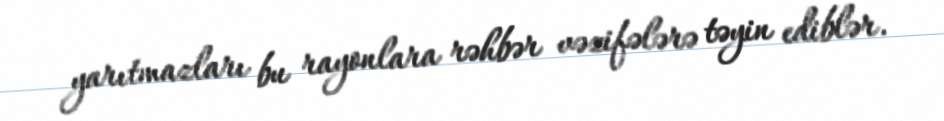
yarıtmazları bu rayonlara rəhbər vəzifələrə təyin ediblər.